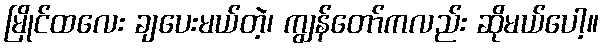
မြိုင်ထလေး ချပေးမယ်တဲ့၊ ကျွန်တော်ကလည်း ဆိုမယ်ပေါ့။